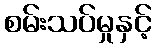
စမ်းသပ်မှုနှင့်